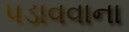
પડાવવાના